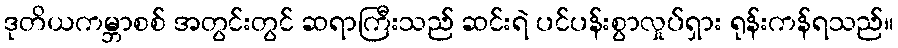
ဒုတိယကမ္ဘာစစ် အတွင်းတွင် ဆရာကြီးသည် ဆင်းရဲ ပင်ပန်းစွာလှုပ်ရှား ရုန်းကန်ရသည်။